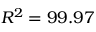
R ^ { 2 } = 9 9 . 9 7 \